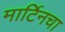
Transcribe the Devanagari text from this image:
मार्टिनचा